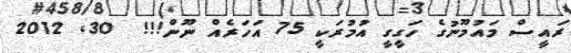
ރައީސް މައުމޫނުގެ ހަގީގީ އުމުރަކީ 75 އަހަރެއް ނޫން!!!  30